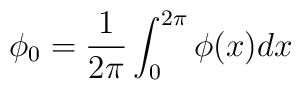
\phi_{0}=\frac1{2\pi}\int_{0}^{2\pi}\phi(x)dx